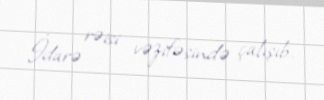
İdarə rəisi vəzifəsində çalışıb.